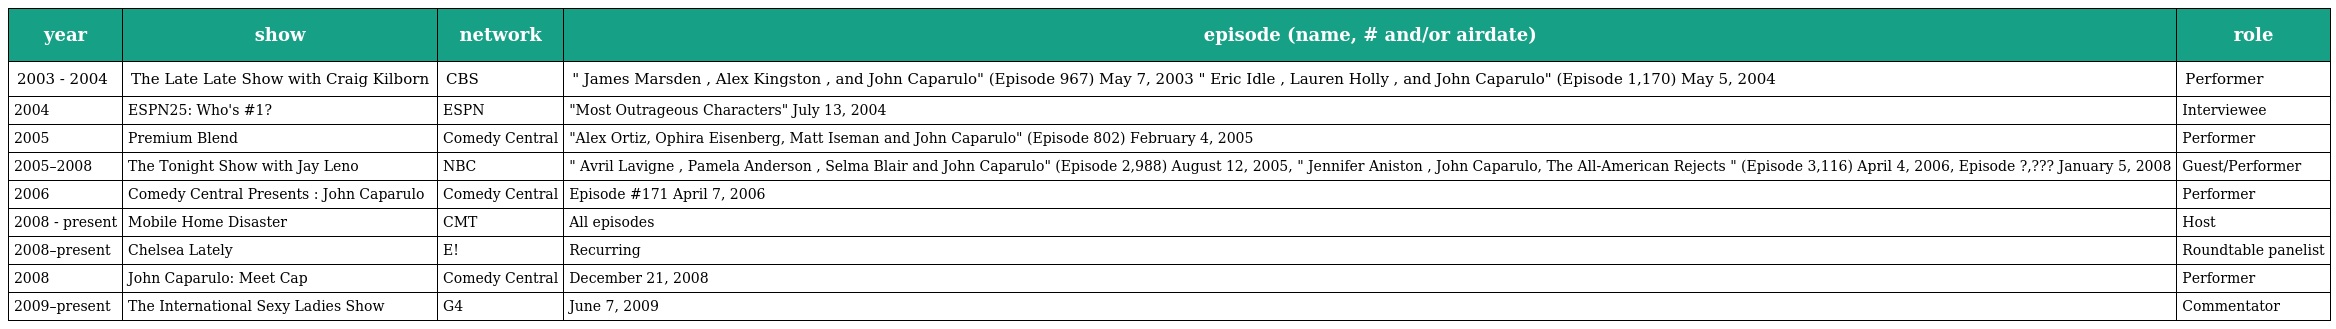
| year | show | network | episode (name, # and/or airdate) | role |
 | --- | --- | --- | --- | --- |
 | 2003 - 2004 | The Late Late Show with Craig Kilborn | CBS | " James Marsden , Alex Kingston , and John Caparulo" (Episode 967) May 7, 2003 " Eric Idle , Lauren Holly , and John Caparulo" (Episode 1,170) May 5, 2004 | Performer |
 | 2004 | ESPN25: Who's #1? | ESPN | "Most Outrageous Characters" July 13, 2004 | Interviewee |
 | 2005 | Premium Blend | Comedy Central | "Alex Ortiz, Ophira Eisenberg, Matt Iseman and John Caparulo" (Episode 802) February 4, 2005 | Performer |
 | 2005–2008 | The Tonight Show with Jay Leno | NBC | " Avril Lavigne , Pamela Anderson , Selma Blair and John Caparulo" (Episode 2,988) August 12, 2005, " Jennifer Aniston , John Caparulo, The All-American Rejects " (Episode 3,116) April 4, 2006, Episode ?,??? January 5, 2008 | Guest/Performer |
 | 2006 | Comedy Central Presents : John Caparulo | Comedy Central | Episode #171 April 7, 2006 | Performer |
 | 2008 - present | Mobile Home Disaster | CMT | All episodes | Host |
 | 2008–present | Chelsea Lately | E! | Recurring | Roundtable panelist |
 | 2008 | John Caparulo: Meet Cap | Comedy Central | December 21, 2008 | Performer |
 | 2009–present | The International Sexy Ladies Show | G4 | June 7, 2009 | Commentator |